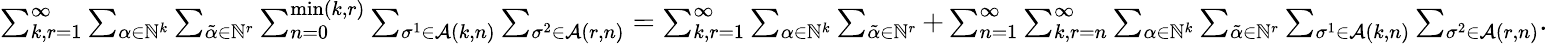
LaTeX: \begin{array}{r}{\sum_{k,r=1}^{\infty}\sum_{\alpha\in\mathbb{N}^{k}}\sum_{{\tilde{\alpha}}\in\mathbb{N}^{r}}\sum_{n=0}^{\operatorname*{min}(k,r)}\sum_{\sigma^{1}\in\mathcal{A}(k,n)}\sum_{\sigma^{2}\in\mathcal{A}(r,n)}=\sum_{k,r=1}^{\infty}\sum_{\alpha\in\mathbb{N}^{k}}\sum_{{\tilde{\alpha}}\in\mathbb{N}^{r}}+\sum_{n=1}^{\infty}\sum_{k,r=n}^{\infty}\sum_{\alpha\in\mathbb{N}^{k}}\sum_{{\tilde{\alpha}}\in\mathbb{N}^{r}}\sum_{\sigma^{1}\in\mathcal{A}(k,n)}\sum_{\sigma^{2}\in\mathcal{A}(r,n)}.}\end{array}